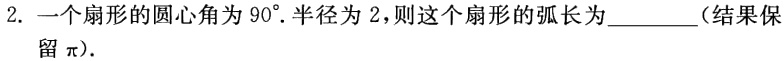
2. 一个扇形的圆心角为\(90^{\circ}\). 半径为\(2\)，则这个扇形的弧长为________（结果保留\(\pi\)）.